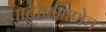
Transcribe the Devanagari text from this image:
स्पार्टाप्रमाणेच